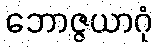
ဘောဇ္ဇယာဂုံ